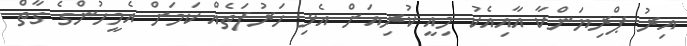
އިރު ޕްރިޔަންކާ އާއިއެކު މިއީ ކުރިއަށް އެޅި ހަރުފަތެއް ކަމަށް އެމީހުންގެ ގާތް